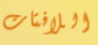
اللافتات